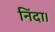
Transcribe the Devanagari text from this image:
निंदा।